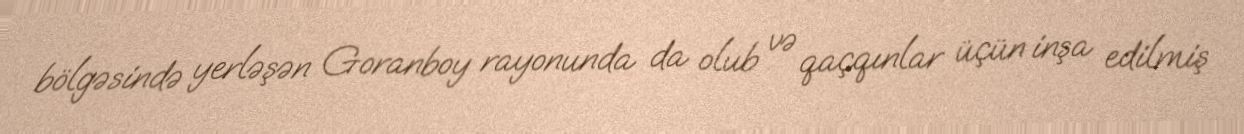
bölgəsində yerləşən Goranboy rayonunda da olub və qaçqınlar üçün inşa edilmiş